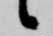
候